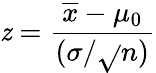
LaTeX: \mathit{z}={\frac{{{\overline{{{x}}}}-\mu_{0}}}{{({\sigma}/{\sqrt{}{{n}}})}}}